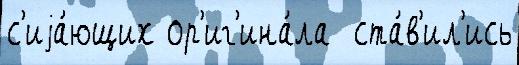
с'иjа́ющих ор'иг'ина́ла  ста́в'ил'ись